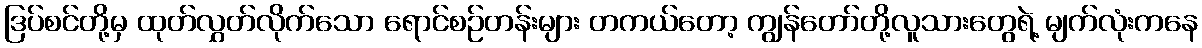
ဒြပ်စင်တို့မှ ထုတ်လွှတ်လိုက်သော ရောင်စဉ်တန်းများ တကယ်တော့ ကျွန်တော်တို့လူသားတွေရဲ့ မျက်လုံးကနေ